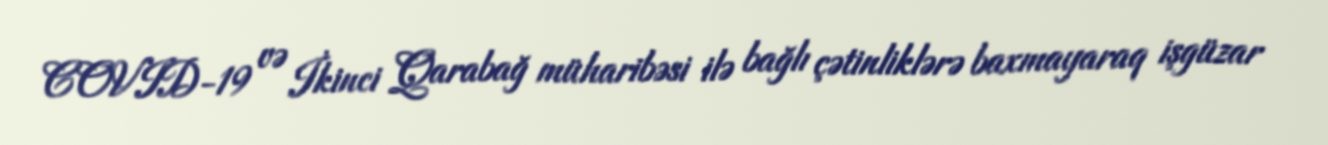
COVID-19 və İkinci Qarabağ müharibəsi ilə bağlı çətinliklərə baxmayaraq işgüzar